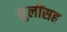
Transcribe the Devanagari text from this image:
मुलींसह